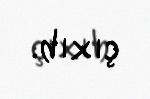
çıxıb.